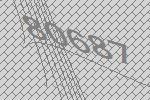
80687